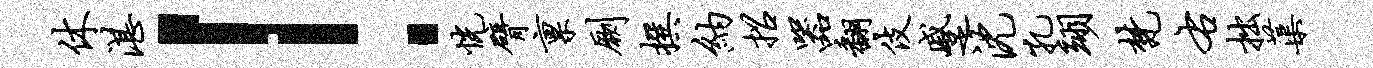
休湛！恍臂禀劂撰纳招器翻伎蹙沈孔翊梵右拙蕖